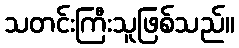
သတင်းကြီးသူဖြစ်သည်။